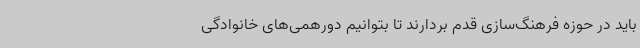
باید در حوزه فرهنگ‌سازی قدم بردارند تا بتوانیم دورهمی‌های خانوادگی